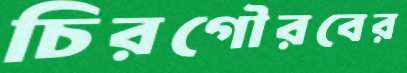
চিরগৌরবের